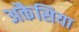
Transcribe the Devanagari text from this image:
अकैसिया